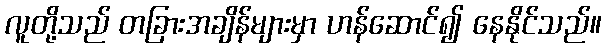
လူတို့သည် တခြားအချိန်များမှာ ဟန်ဆောင်၍ နေနိုင်သည်။